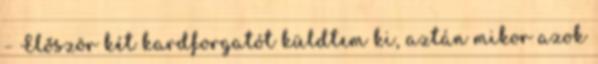
– Először két kardforgatót küldtem ki, aztán mikor azok